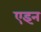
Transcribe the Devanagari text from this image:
एइन